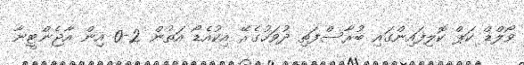
ވޯލްޑް ކަޕް ކޮލިފައިންގައި ބުރާސްފަތި ދުވަހުގެރޭ އިކުއެޑޯ އަތުން 2-0 އިން އާޖެންޓީނާ